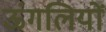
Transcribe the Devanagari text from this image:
ऊंगलियों